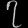
Digit: ၇